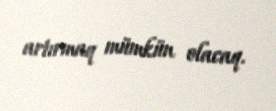
artırmaq mümkün olacaq.